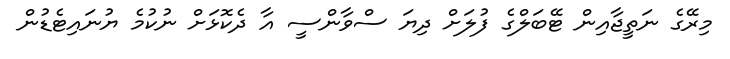
މިރޭގެ ނަތީޖާއިން ޓޭބަލްގެ ފުލަށް ދިޔަ ސްވާންސީ އާ ދެކޮޅަށް ނުކުމެ ޔުނައިޓެޑުން